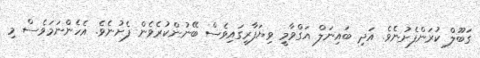
ގަބޫލް ކުރަންފެށުނެވެ. އަދި ބައިނަލް އަގްވާމީ ވިޔަފާރީގައިވެސް ބޭނުންކުރެވެން ފެށުނެވެ. އެހެންނަމަވެސް މި